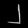
Digit: ၂